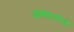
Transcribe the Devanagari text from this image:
आम्बापानीची